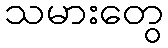
သမားတွေ